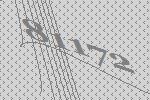
81172